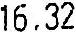
16.32